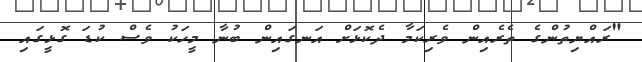
"ރައްޔިތުންގެ ތެރެއިން ވެރިކަމާ ދެކޮޅަށް އަނގައިން ބުނާ މީހަކު ވެސް ކުޑަ ގޮޅީގައި